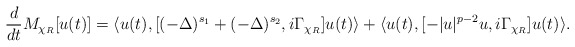
\begin{align*}\frac{d}{dt}M_{\chi_R}[u(t)]=\langle u(t), [(-\Delta)^{s_1}+(-\Delta)^{s_2},i\Gamma_{\chi_R}]u(t)\rangle+ \langle u(t), [-|u|^{p-2}u,i\Gamma_{\chi_R}]u(t)\rangle.\end{align*}